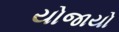
યોજાયો